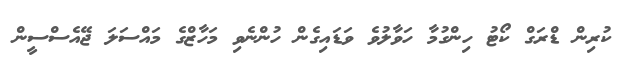
ކުރިން ޑްރަގް ކޯޓު ހިންގުމާ ހަވާލުވެ ވަޑައިގެން ހުންނެވި މަހާޒްގެ މައްސަލަ ޖޭއެސްސީން